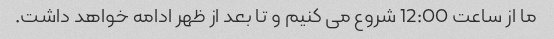
ما از ساعت 12:00 شروع می کنیم و تا بعد از ظهر ادامه خواهد داشت.